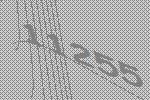
11255